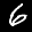
Label: 6